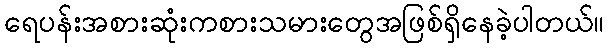
ရေပန်းအစားဆုံးကစားသမားတွေအဖြစ်ရှိနေခဲ့ပါတယ်။